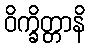
ဝိက္ခိတ္တာနိ